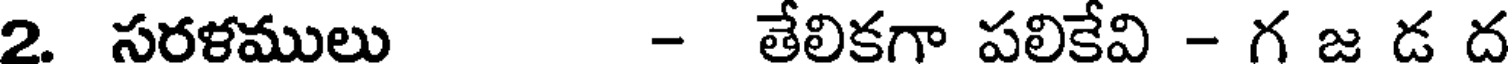
2. సరళములు - తేలికగా పలికేవి - గ జ డ ద